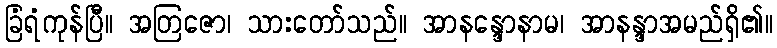
ခြံရံကုန်ပြီ။ အတြဇော၊ သားတော်သည်။ အာနန္ဒောနာမ၊ အာနန္ဒာအမည်ရှိ၏။